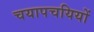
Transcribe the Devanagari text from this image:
चयापचयियों